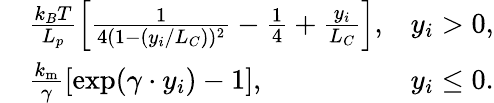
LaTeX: \begin{array}{rlr}&{\frac{k_{B}T}{L_{p}}\left[\frac{1}{4(1-(y_{i}/L_{C}))^{2}}-\frac{1}{4}+\frac{y_{i}}{L_{C}}\right],}&{y_{i}>0,}\\ &{\frac{k_{\mathrm{m}}}{\gamma}[\exp(\gamma\cdot y_{i})-1],}&{y_{i}\le 0.}\end{array}